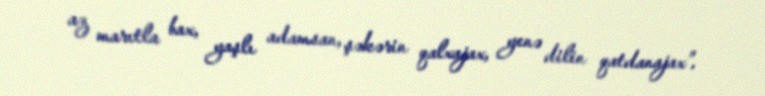
az marıtla bax, yaşlı adamsan, şəkərin qalxajax, yenə dilin qatdanajax”.